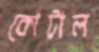
কোটাল